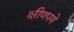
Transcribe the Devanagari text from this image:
क्षीणपणे